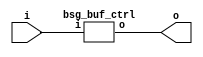
// This program was cloned from: https://github.com/chipsalliance/UHDM-integration-tests
// License: Apache License 2.0



module top
(
  i,
  o
);

  output [15:0] o;
  input i;

  bsg_buf_ctrl
  wrapper
  (
    .o(o),
    .i(i)
  );


endmodule



module bsg_buf_ctrl
(
  i,
  o
);

  output [15:0] o;
  input i;
  wire [15:0] o;
  wire o_15_;
  assign o_15_ = i;
  assign o[0] = o_15_;
  assign o[1] = o_15_;
  assign o[2] = o_15_;
  assign o[3] = o_15_;
  assign o[4] = o_15_;
  assign o[5] = o_15_;
  assign o[6] = o_15_;
  assign o[7] = o_15_;
  assign o[8] = o_15_;
  assign o[9] = o_15_;
  assign o[10] = o_15_;
  assign o[11] = o_15_;
  assign o[12] = o_15_;
  assign o[13] = o_15_;
  assign o[14] = o_15_;
  assign o[15] = o_15_;

endmodule